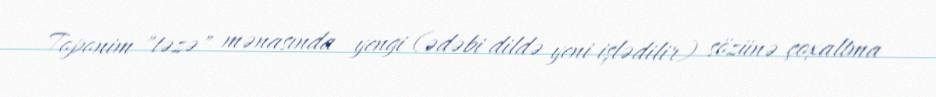
Toponim "təzə" mənasında yengi (ədəbi dildə yeni işlədilir) sözünə çoxaltma